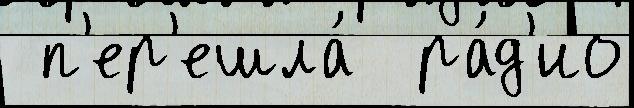
 п'ер'ешла́  ра́д'ио